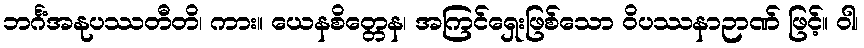
ဘင်္ဂံအနုပဿတီတိ၊ ကား။ ယေနစိတ္တေန၊ အကြင်ရှေးဖြစ်သော ဝိပဿနာဉာဏ် ဖြင့်။ ဝါ၊